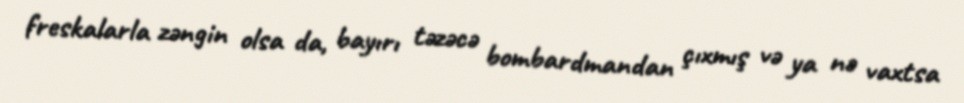
freskalarla zəngin olsa da, bayırı təzəcə bombardmandan çıxmış və ya nə vaxtsa